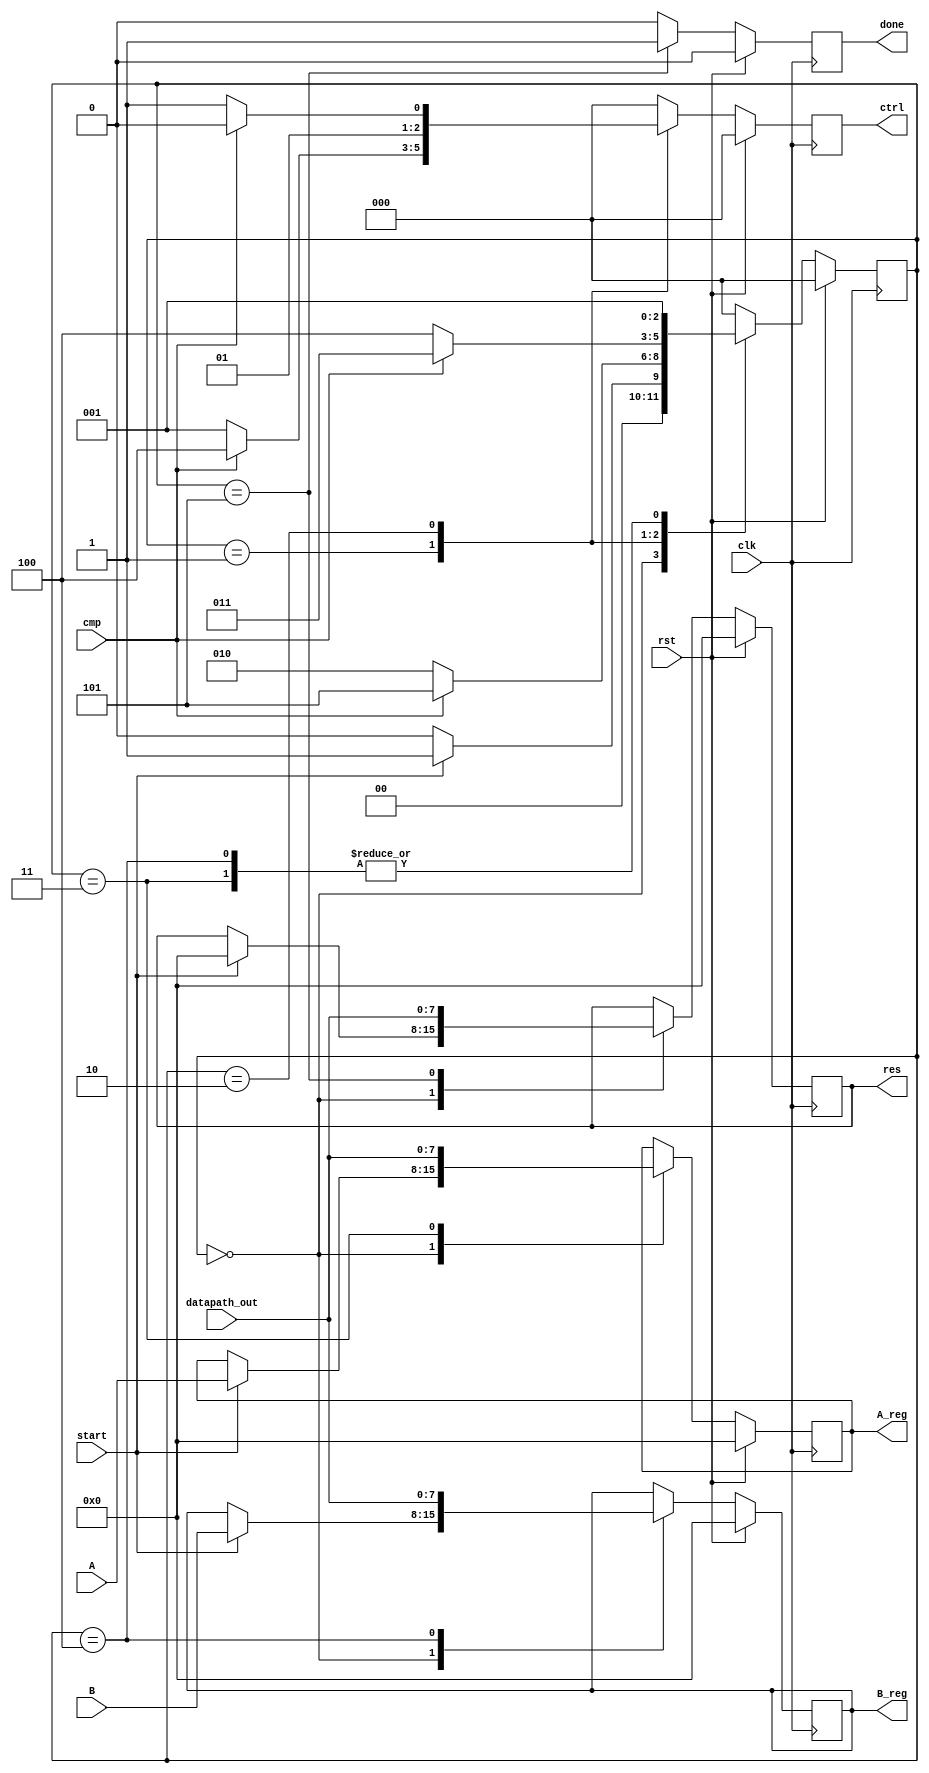




module gcd_controller#(parameter op_sz=8) 
                      ( input [op_sz-1:0] A,B,
                        input clk,rst,cmp,start,
                        input [op_sz-1:0] datapath_out,
                        output reg [2:0]ctrl,  
                        output reg [op_sz-1:0] res,
                        output reg done,
                        output reg [op_sz-1:0] A_reg,B_reg
                       
                      );
  
  
  
  localparam start_s=0, check_eq=1,check_a=2,
              op_a =3,op_b=4 ,op_done =5;
              
             
  
  
  
       reg  [op_sz-1:0] A_next,B_next,res_next; // to register the output
       reg [2:0]ctrl_next;             
       reg [2:0] state_reg ,state_next ;
       reg done_next;
     
     
     
     
     //registers block
       always@(posedge clk)
       begin
         if(rst) begin
           state_reg <=start_s ;
           A_reg <= 0;
           B_reg <=0;
           ctrl<=0;
           res<=0;
           done<=0;                              
       end
     else begin
        state_reg <=state_next ;
           A_reg <= A_next;
           B_reg <=B_next;
           ctrl<=ctrl_next;
           res<=res_next;
           done<= done_next;                        
     end
     end
  
  
  
  
  
  /// next state block
  always@(*)
  begin
  state_next= start_s ;
  A_next = A_reg;
  B_next = B_reg;
  ctrl_next=0;
  res_next=res;
  done_next=0;  
    case(state_reg)
      //////////first state check to start/////////////
     start_s :begin   
      if(start)begin
        state_next =check_eq; 
        ctrl_next =0;
        res_next=0;
         A_next = A;
         B_next = B;  
      end
    else begin 
       state_next =start_s; 
    end      
   end 
   /////////////check if equal state /////////////////////
    check_eq: begin
          if(cmp)begin
            state_next = op_done;
            ctrl_next=4;
           // done_next =1;
         //   res_next = datapath_out ;
          end
        else begin
          state_next = check_a;
          ctrl_next=1;
        end
    end
    /////////////check is A bigger state //////////////////////
    check_a : begin
         
         if(cmp)begin           
              state_next = op_a;
              ctrl_next=2;
             //  A_next = datapath_out;  
              end
         else begin          
           state_next = op_b;
            ctrl_next=3;
           // B_next = datapath_out;  
         end

    end
    /////////////////////op on a state/////////////////////////////
    op_a: begin
      state_next =check_eq;
      ctrl_next =0;
      A_next = datapath_out;
           end
    
    //////////////////op on b/////////////////////////////////////
     op_b: begin
       state_next =check_eq;
       ctrl_next =0;
        B_next = datapath_out;
         end
    ///////////////////done state//////////////////////////////
    op_done: begin
       state_next =start_s; 
       done_next =1;
        res_next = datapath_out ;
    end   
 endcase 
  end
  
  
  
  
  
//  //// output state
//  always@(*)
//  begin
//  A_next = A_reg;
//  B_next = B_reg;
//  ctrl_next=0;
//  res_next=0;
//  done_next=0;  
//    case(state_next)
//      //////////first state check to start/////////////
//     start_s :begin   
//         A_next = A;
//         B_next = B;
//      ctrl_next=0;     
//      end
//
//   /////////////check if equal state /////////////////////
//    check_eq: begin
//         A_next = A_reg; 
//      B_next = B_reg;  
//            ctrl_next = 0;  end
//
//    /////////////check is A bigger state //////////////////////
//    check_a : begin
//               
//           ctrl_next=1;
//              
//         end
//
//
//    /////////////////////op on a state/////////////////////////////
//    op_a: begin
//     
//          ctrl_next=2;
//          A_next= A_reg-B_reg; end
//    
//    //////////////////op on b/////////////////////////////////////
//     op_b: begin
//      
//          ctrl_next=3;
//          B_next= B_reg-A_reg; end
//    ///////////////////done state//////////////////////////////
//    op_done: begin
//      done_next =1;
//      res_next = datapath_out ;
//    end   
// endcase 
//  end
//  
  
  
endmodule